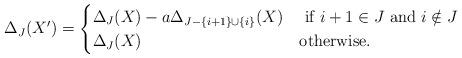
LaTeX: \begin{align*}\Delta_J(X') = \begin{cases} \Delta_J(X) -a \Delta_{J -\{i+1\} \cup \{i\}}(X) &\mbox{ if $i+1 \in J$ and $i \notin J$} \\\Delta_J(X) & \mbox{otherwise.}\end{cases}\end{align*}